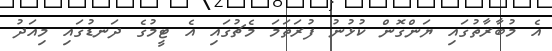
އެ މުބާރާތުގައި ޔަންގޮން ކުޅުނު ފުރަތަމަ މެޗުގައި އެ ޓީމުގެ ދަނޑުގައި މިއަދު